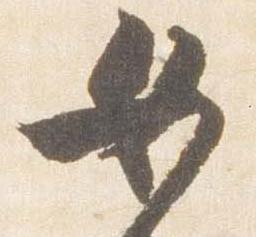
女